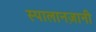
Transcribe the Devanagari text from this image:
स्पालानज़ानी